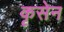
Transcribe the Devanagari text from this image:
कृसेन